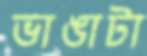
ভাঙাটা